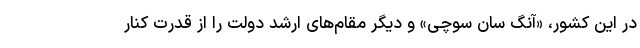
در این کشور، «آنگ سان سوچی» و دیگر مقام‌های ارشد دولت را از قدرت کنار